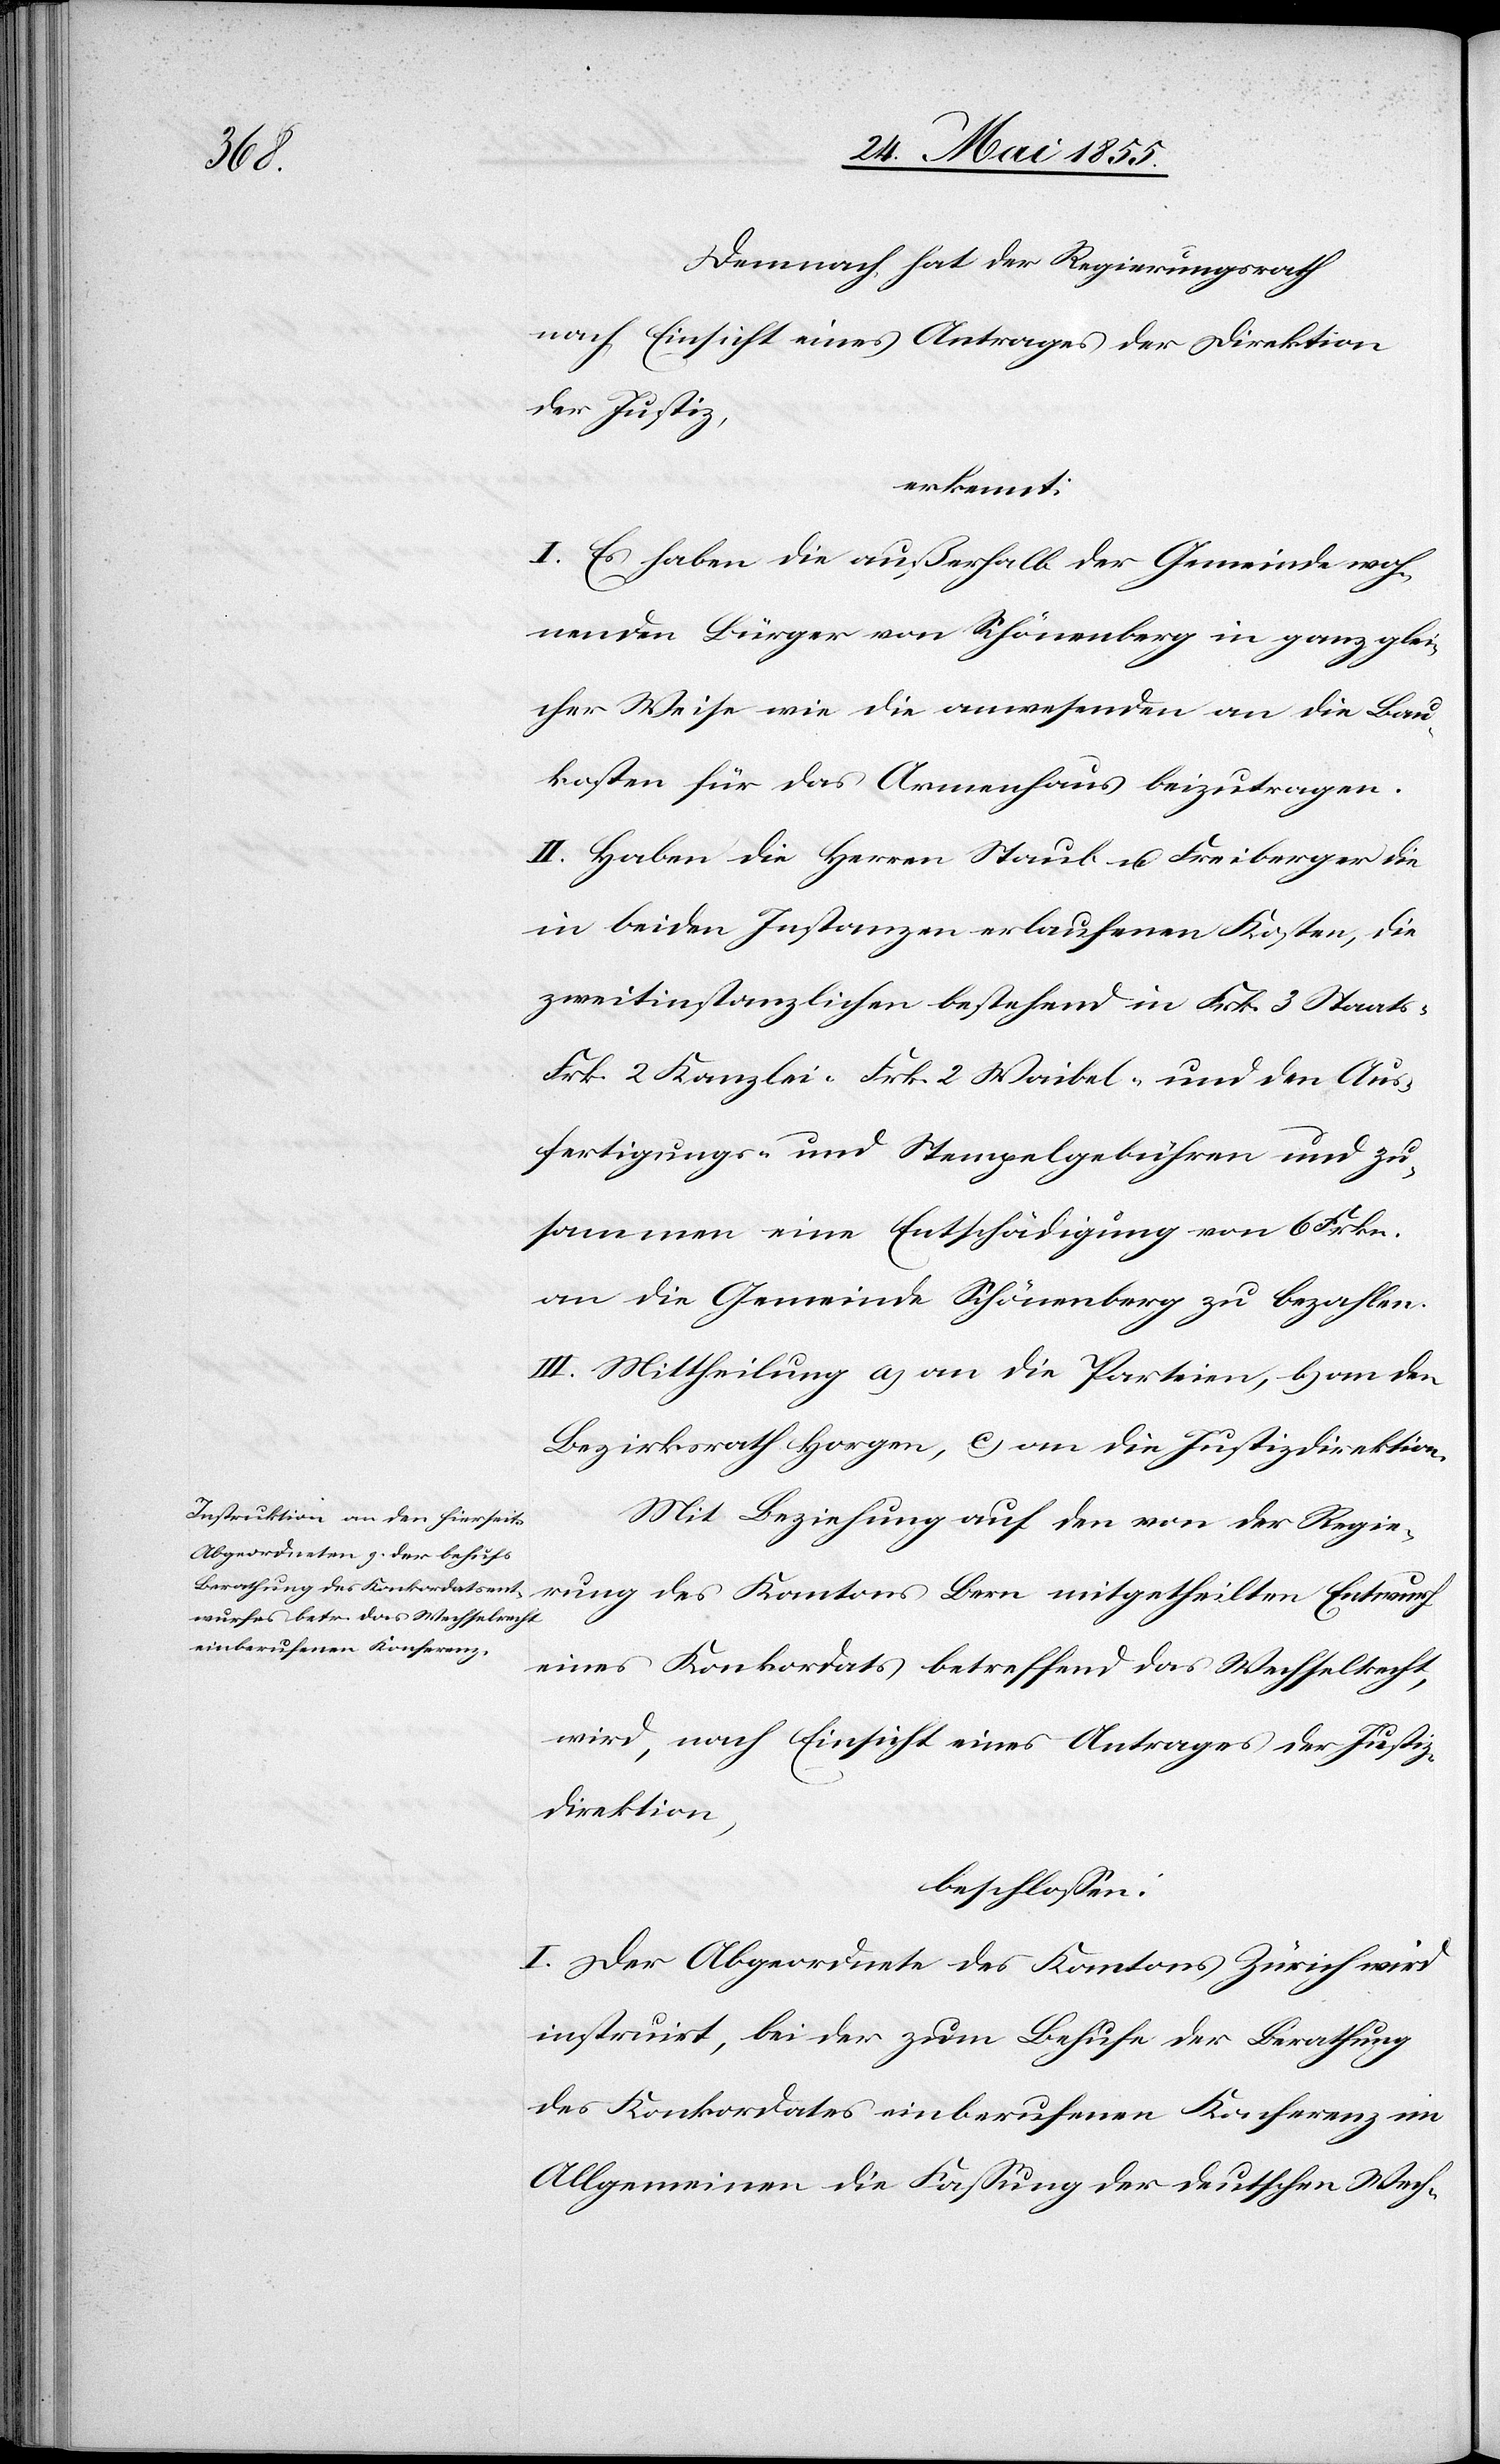
des

Demnach hat der Regierungsrath
nach Einsicht eines Antrages der Direktion
der Justiz,
erkennt:
I. Es haben die außerhalb der Gemeinde woh¬
nenden Bürger von Schönenberg in ganz glei¬
cher Weise wie die anwesenden an die Bau¬
kosten für das Armenhaus beizutragen.
II. Haben die Herren Staub u. Freiberger die
in beiden Instanzen erlaufenen Kosten, die
zweitinstanzlichen bestehend in Frk. 3 Staats-[,]
Frk. 2 Kanzlei-[,] Frk. 2 Waibel- und den Aus¬
fertigungs- und Stempelgebühren und zu¬
sammen eine Entschädigung von 6 Frkn.
an die Gemeinde Schönenberg zu bezahlen.
III. Mittheilung a) an die Parteien, b) an den
Bezirksrath Horgen, c) an die Justizdirektion.
Mit Beziehung auf den von der Regie¬
eines Konkordats betreffend das Wechselrecht,
wird, nach Einsicht eines Antrages der Justiz¬
direktion,
beschlossen:
I. Der Abgeordnete des Kantons Zürich wird
instruirt, bei der zum Behufe der Berathung
des Konkordates einberufenen Konferenz im
Allgemeinen die Fassung der deutschen Wech-